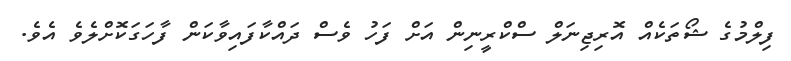
ފިލްމުގެ ޝޯތަކެއް އޮރިޖިނަލް ސްކްރީނިން އަށް ފަހު ވެސް ދައްކާފައިވާކަން ފާހަގަކޮށްލެވެ އެވެ.